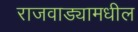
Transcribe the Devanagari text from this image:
राजवाड्यामधील